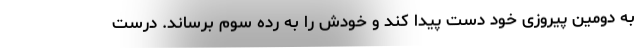
به دومین پیروزی خود دست پیدا کند و خودش را به رده سوم برساند. درست